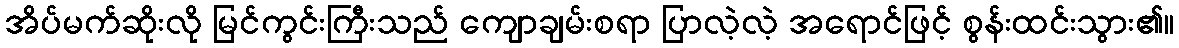
အိပ်မက်ဆိုးလို မြင်ကွင်းကြီးသည် ကျောချမ်းစရာ ပြာလဲ့လဲ့ အရောင်ဖြင့် စွန်းထင်းသွား၏။